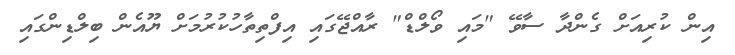
އިން ކުރިއަށް ގެންދާ ސާވޭ "މައި ވޯލްޑް" ރާއްޖޭގައި އިފްތިތާހުކުރުމަށް ޔޫއެން ބިލްޑިންގައި